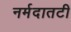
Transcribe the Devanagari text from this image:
नर्मदातटी